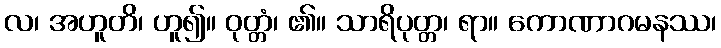
လ၊ အဟူတိ၊ ဟူ၍။ ဝုတ္တံ၊ ၏။ သာရိပုတ္တ၊ ရာ။ ကောဏာဂမနဿ၊